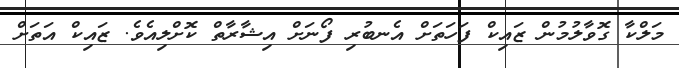
މަލްކާ ގޮވާލުމުން ޒައިކް ފަހަތަށް އެނބުރި ފޯނަށް އިޝާރާތް ކޮށްލިއެވެ. ޒައިކް އަތަށް